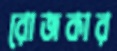
রোজকার